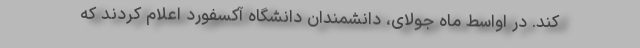
کند. در اواسط ماه جولای، دانشمندان دانشگاه آکسفورد اعلام کردند که